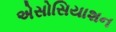
એસોસિયાશન